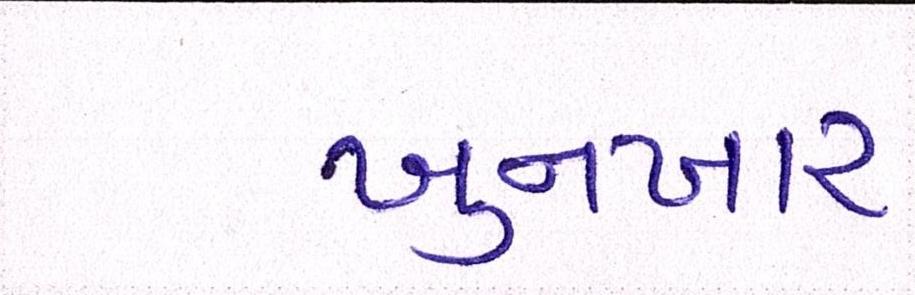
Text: ખુનખાર